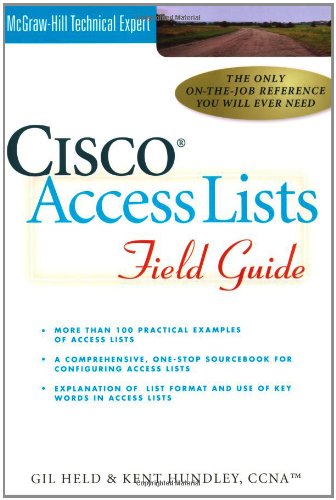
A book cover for Cisco Access Lists Field Guide; Kent Hundley, Gilbert Held; Computers & Technology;